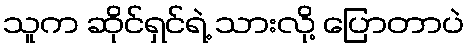
သူက ဆိုင်ရှင်ရဲ့ သားလို့ ပြောတာပဲ